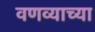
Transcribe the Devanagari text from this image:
वणव्याच्या